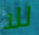
للا